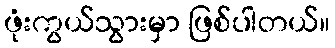
ဖုံးကွယ်သွားမှာ ဖြစ်ပါတယ်။